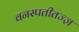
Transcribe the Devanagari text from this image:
वनस्पतीतज्‍ज्ञ